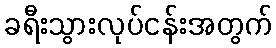
ခရီးသွားလုပ်ငန်းအတွက်